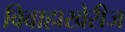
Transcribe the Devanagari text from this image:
विवाहाखेरीज